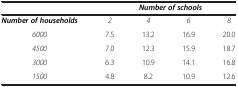
<table><thead><tr><td><b> </b></td><td colspan="4"><b><i>Number of schools</i></b></td></tr></thead><tbody><tr><td><b><i>Number of households</i></b></td><td><i>2</i></td><td><i>4</i></td><td><i>6</i></td><td><i>8</i></td></tr><tr><td><i>6000</i></td><td>7.5</td><td>13.2</td><td>16.9</td><td>20.0</td></tr><tr><td><i>4500</i></td><td>7.0</td><td>12.3</td><td>15.9</td><td>18.7</td></tr><tr><td><i>3000</i></td><td>6.3</td><td>10.9</td><td>14.1</td><td>16.8</td></tr><tr><td><i>1500</i></td><td>4.8</td><td>8.2</td><td>10.9</td><td>12.6</td></tr></tbody></table>